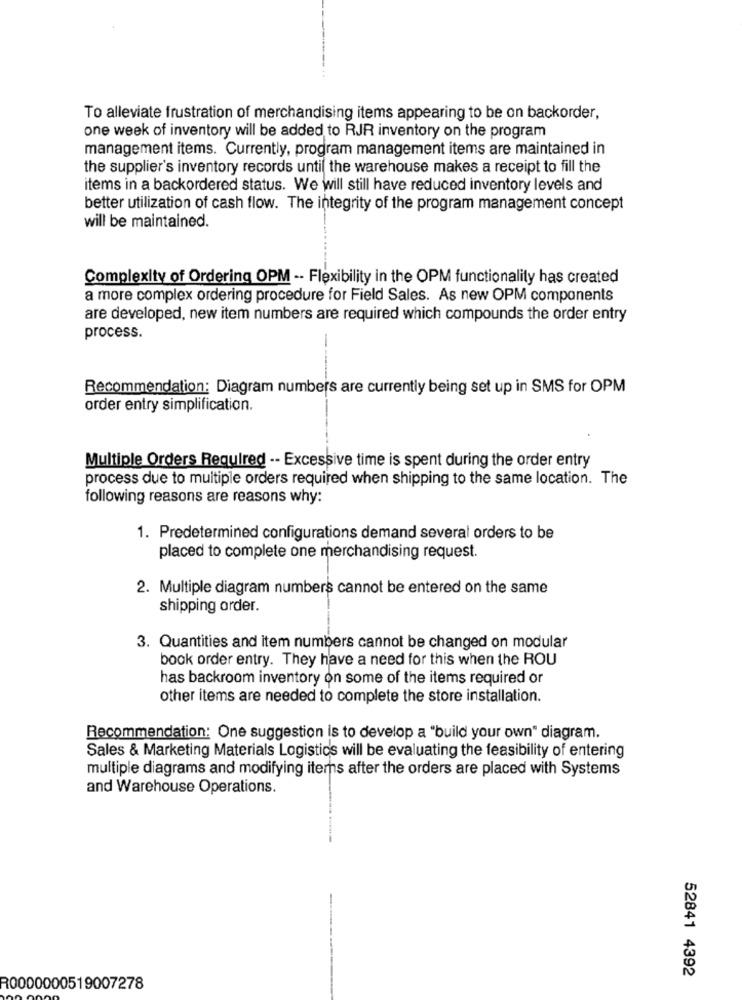
To alleviate frustration of merchandising items appearing to be on backorder,
one week of inventory will be added to RJR inventory on the program
management items. Currently, program management items are maintained in
the supplier's inventory records until the warehouse makes a receipt to fill the
items in a backordered status. We will still have reduced inventory levels and
better utilization of cash flow. The integrity of the program management concept
will be maintained.
Complexity of Ordering OPM -- Flexibility in the OPM functionality has created
a more complex ordering procedure for Field Sales. As new OPM components
are developed, new item numbers are required which compounds the order entry
process.
Recommendation: Diagram numbers are currently being set up in SMS for OPM
order entry simplification.
Multiple Orders Required -- Excessive time is spent during the order entry
process due to multiple orders required when shipping to the same location. The
following reasons are reasons why:
1. Predetermined configurations demand several orders to be
placed to complete one merchandising request.
2. Multiple diagram numbers cannot be entered on the same
shipping order.
3. Quantities and item numbers cannot be changed on modular
book order entry. They have a need for this when the ROU
has backroom inventory on some of the items required or
other items are needed to complete the store installation.
Recommendation: One suggestion is to develop a "build your own" diagram.
Sales & Marketing Materials Logistics will be evaluating the feasibility of entering
multiple diagrams and modifying iterns after the orders are placed with Systems
and Warehouse Operations.
52841 4392
R0000000519007278